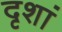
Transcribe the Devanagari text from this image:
दृशां